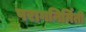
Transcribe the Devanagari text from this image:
परागनिर्मिती